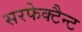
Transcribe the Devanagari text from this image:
सरफेक्टैन्ट